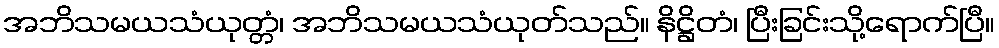
အဘိသမယသံယုတ္တံ၊ အဘိသမယသံယုတ်သည်။ နိဋ္ဌိတံ၊ ပြီးခြင်းသို့ရောက်ပြီ။